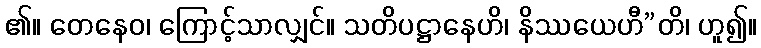
၏။ တေနေဝ၊ ကြောင့်သာလျှင်။ သတိပဋ္ဌာနေဟိ၊ နိဿယေဟီ”တိ၊ ဟူ၍။